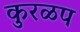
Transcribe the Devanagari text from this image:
कुरळप